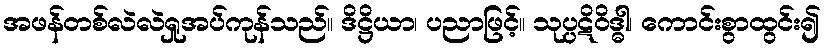
အဖန်တစ်လဲလဲရှုအပ်ကုန်သည်။ ဒိဋ္ဌိယာ၊ ပညာဖြင့်။ သုပ္ပဋိဝိဒ္ဓါ၊ ကောင်းစွာထွင်း၍